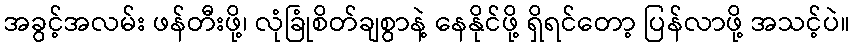
အခွင့်အလမ်း ဖန်တီးဖို့၊ လုံခြုံစိတ်ချစွာနဲ့ နေနိုင်ဖို့ ရှိရင်တော့ ပြန်လာဖို့ အသင့်ပဲ။